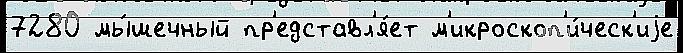
7280 мы́шечный пр'едставл'я́ет м'икроскоп'и́ческ'иjе